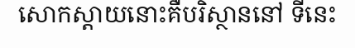
សោកស្តាយនោះគឺបរិស្ថាននៅ ទីនេះ